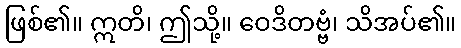
ဖြစ်၏။ ဣတိ၊ ဤသို့။ ဝေဒိတဗ္ဗံ၊ သိအပ်၏။